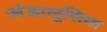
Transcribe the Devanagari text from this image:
अंडालुसिया